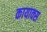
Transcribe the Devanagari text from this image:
कायाक्स